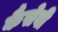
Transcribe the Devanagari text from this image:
कैसेबी